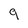
Character: 9